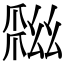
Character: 𢇏